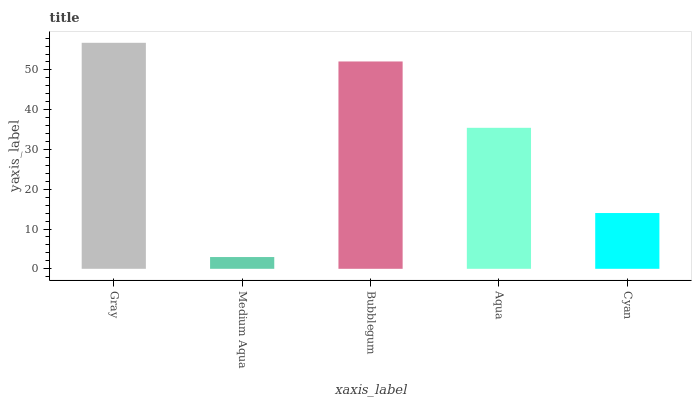
| xaxis_label | bars |
 | --- | --- |
 | Gray | 56.8 |
 | Medium Aqua | 2.96 |
 | Bubblegum | 52.1 |
 | Aqua | 35.4 |
 | Cyan | 14 |